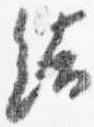
結